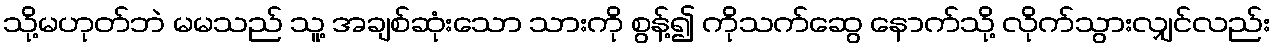
သို့မဟုတ်ဘဲ မမသည် သူ့ အချစ်ဆုံးသော သားကို စွန့်၍ ကိုသက်ဆွေ နောက်သို့ လိုက်သွားလျှင်လည်း